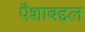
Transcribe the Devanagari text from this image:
पैशाबद्दल